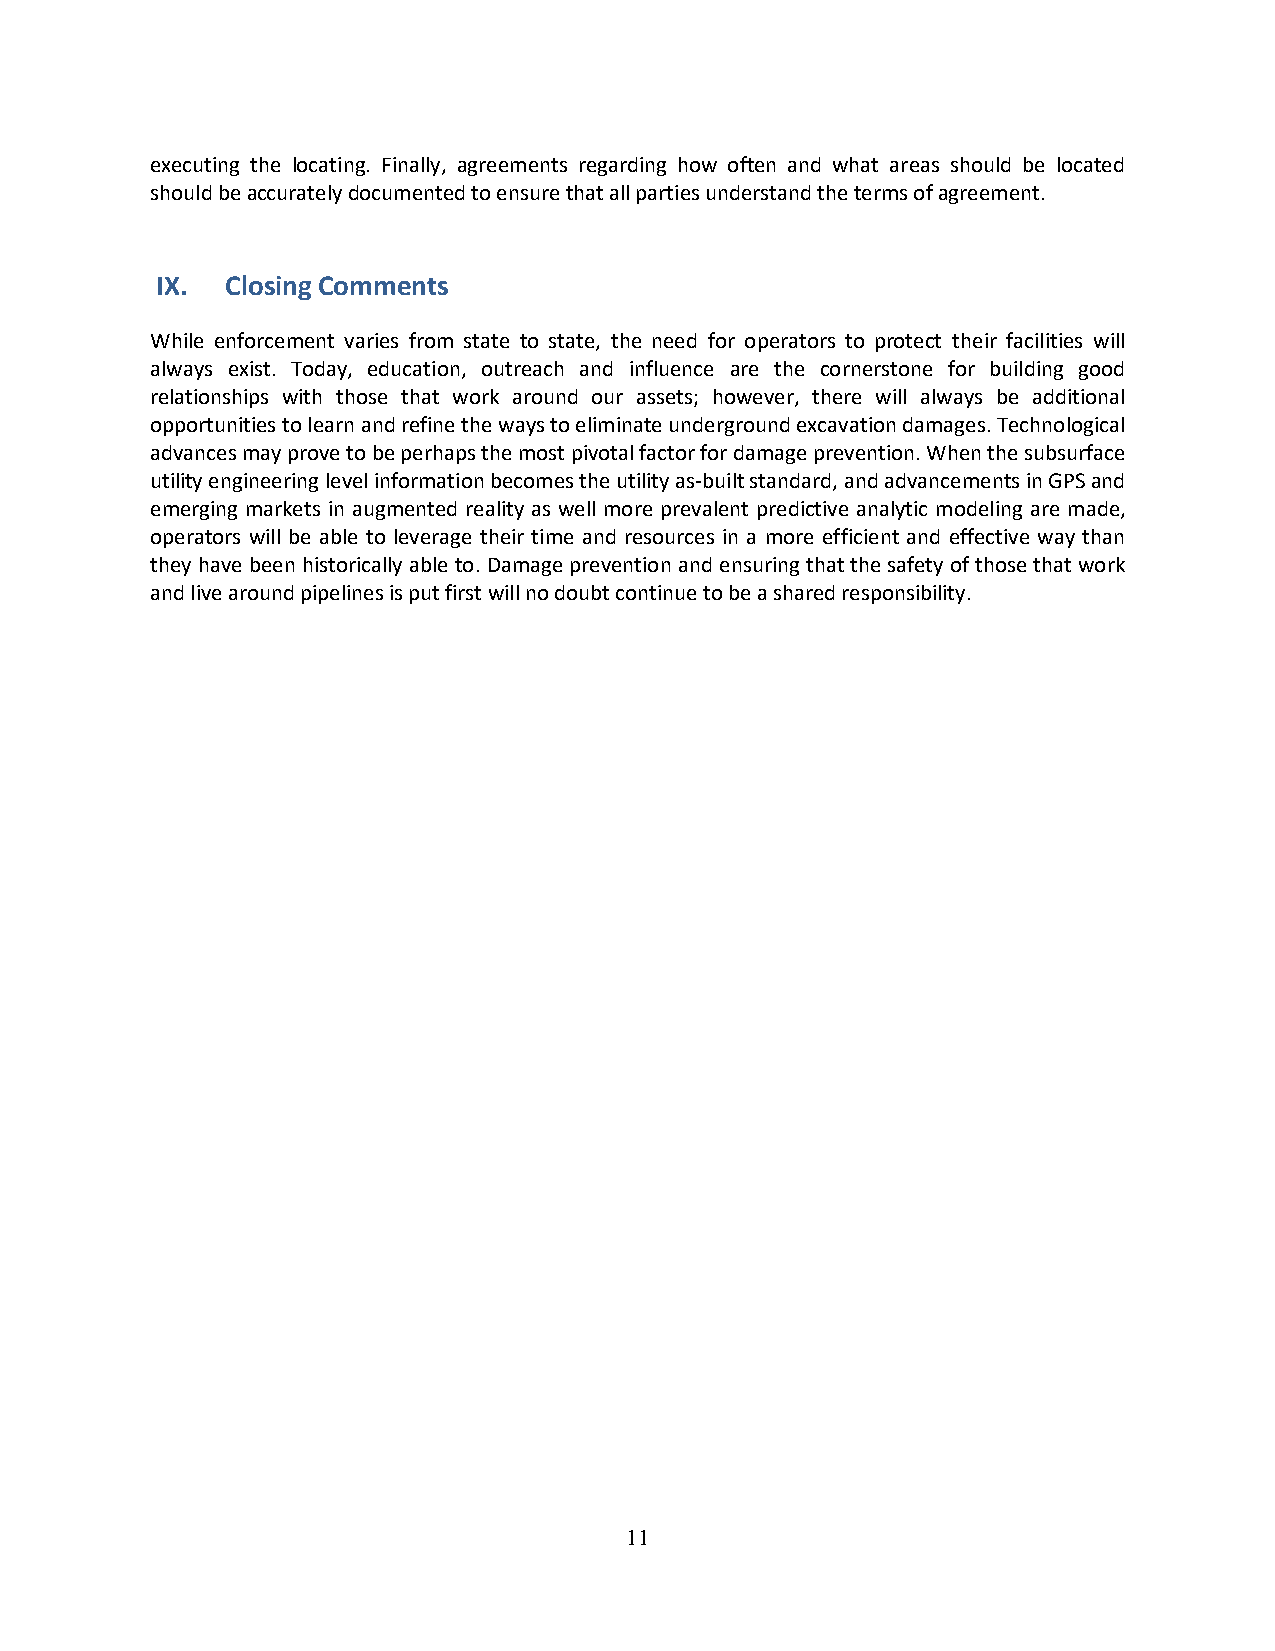
executing the locating. Finally, agreements regarding how often and what areas should be located
 should be accurately documented to ensure that all parties understand the terms of agreement.
 IX.  Closing Comments
 While enforcement varies from state to state, the need for operators to protect their facilities will
 always exist. Today, education, outreach and influence are the cornerstone for building good
 relationships with those that work around our assets; however, there will always be additional
 opportunities to learn and refine the ways to eliminate underground excavation damages. Technological
 advances may prove to be perhaps the most pivotal factor for damage prevention. When the subsurface
 utility engineering level information becomes the utility as-built standard, and advancements in GPS and
 emerging markets in augmented reality as well more prevalent predictive analytic modeling are made,
 operators will be able to leverage their time and resources in a more efficient and effective way than
 they have been historically able to. Damage prevention and ensuring that the safety of those that work
 and live around pipelines is put first will no doubt continue to be a shared responsibility.
 11